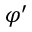
\varphi ^ { \prime }